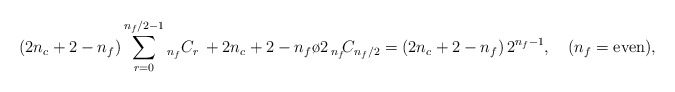
\begin{align*}(2 n_c +2 - n_f) \sum_{r=0}^{{n_f}/2-1} {}_{n_f} C_r \, + {2 n_c +2 - n_f \o 2}\, {}_{n_f} \!C_{n_f/2} = (2 n_c +2 - n_f) \, 2^{n_f-1}, \quad (n_f = {\hbox {\rm even}}),\end{align*}